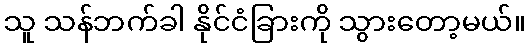
သူ သန်ဘက်ခါ နိုင်ငံခြားကို သွားတော့မယ်။